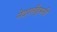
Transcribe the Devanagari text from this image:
नेदरलँड्सनी